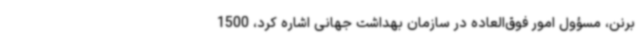
برنن، مسؤول امور فوق‌العاده در سازمان بهداشت جهانی اشاره کرد، 1500